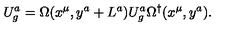
U _ { g } ^ { a } = \Omega ( x ^ { \mu } , y ^ { a } + L ^ { a } ) U _ { g } ^ { a } \Omega ^ { \dagger } ( x ^ { \mu } , y ^ { a } ) .